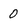
Character: 0